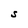
Character: S